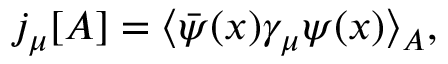
j _ { \mu } [ A ] = \langle \bar { \psi } ( x ) \gamma _ { \mu } \psi ( x ) \rangle _ { A } ,